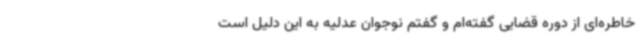
خاطره‌ای از دوره قضایی گفته‌ام و گفتم نوجوان عدلیه به این دلیل است